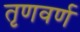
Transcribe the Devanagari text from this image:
तृणवर्ण